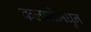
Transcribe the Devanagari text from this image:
कल्पनेमधुन